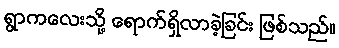
ရွာကလေးသို့ ရောက်ရှိလာခဲ့ခြင်း ဖြစ်သည်။